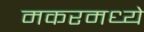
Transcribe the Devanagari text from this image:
मकरमध्ये